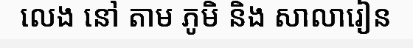
លេង នៅ តាម ភូមិ និង សាលារៀន